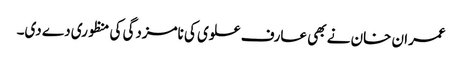
عمران خان نے بھی عارف علوی کی نامزدگی کی منظوری دے دی۔